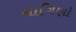
નાગિણો